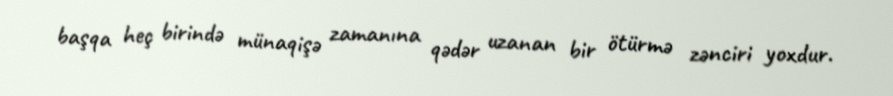
başqa heç birində münaqişə zamanına qədər uzanan bir ötürmə zənciri yoxdur.